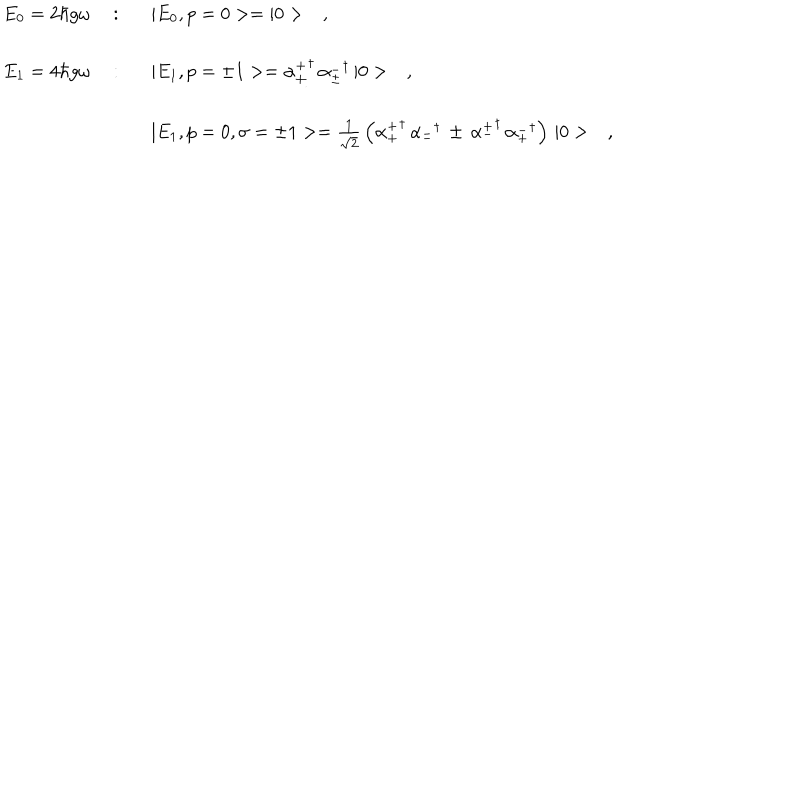
\begin{array} { r c l } { { E _ { 0 } = 2 \hbar g \omega \ } } & { { : } } & { { \ \ \ | E _ { 0 } , p = 0 > = | 0 > \ \ \ , } } \\ { { E _ { 1 } = 4 \hbar g \omega \ } } & { { : } } & { { \ \ \ | E _ { 1 } , p = \pm 1 > = { \alpha _ { \pm } ^ { + } } ^ { \dagger } \, { \alpha _ { \pm } ^ { - } } ^ { \dagger } \, | 0 > \ \ \ , } } \\ { { } } & { { } } & { { \ \ \ | E _ { 1 } , p = 0 , \sigma = \pm 1 > = \frac { 1 } { \sqrt { 2 } } \, \left( { \alpha _ { + } ^ { + } } ^ { \dagger } \, { \alpha _ { - } ^ { - } } ^ { \dagger } \, \pm \, { \alpha _ { - } ^ { + } } ^ { \dagger } \, { \alpha _ { + } ^ { - } } ^ { \dagger } \right) \, | 0 > \ \ \ , } } \\ \end{array}